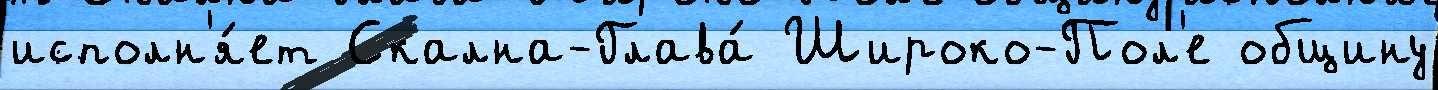
исполн'я́ет Скална-Глава́ Широко-Пол'е общину